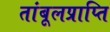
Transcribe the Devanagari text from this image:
तांबूलप्राप्ति